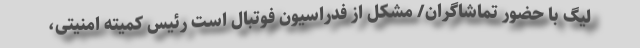
لیگ با حضور تماشاگران/ مشکل از فدراسیون فوتبال است رئیس کمیته امنیتی،